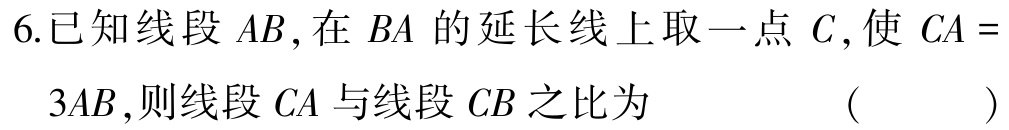
6.已知线段 \(AB\) ,在 \(BA\) 的延长线上取一点 \(C\) ,使 \(CA = 3AB\) ,则线段 \(CA\) 与线段 \(CB\) 之比为  （  ）